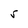
Character: r